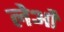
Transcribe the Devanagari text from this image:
लेओं